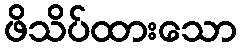
ဖိသိပ်ထားသော